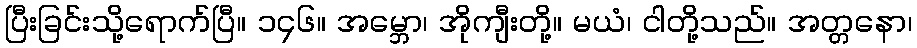
ပြီးခြင်းသို့ရောက်ပြီ။ ၁၄၆။ အမ္ဘော၊ အိုကျီးတို့။ မယံ၊ ငါတို့သည်။ အတ္တနော၊